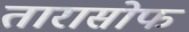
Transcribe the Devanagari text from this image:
तारासोफ